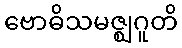
ဗောဓိသမဇ္ဈဂူတိ